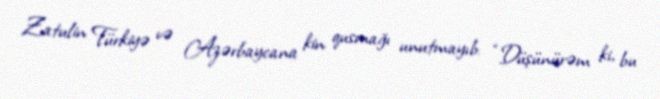
Zatulin Türkiyə və Azərbaycana kin qusmağı unutmayıb: “Düşünürəm ki, bu